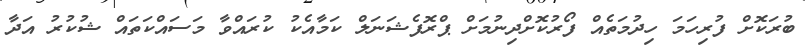
ބުރަކޮށް ފުރިހަމަ ހިދުމަތެއް ފޯރުކޮށްދިނުމަށް ޕްރޮފެޝަނަލް ކަމާއެކު ކުރައްވާ މަސައްކަތައް ޝުކުރު އަދާ